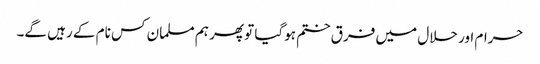
حرام اور حلال میں فرق ختم ہوگیا تو پھر ہم مسلمان کس نام کے رہیں گے۔